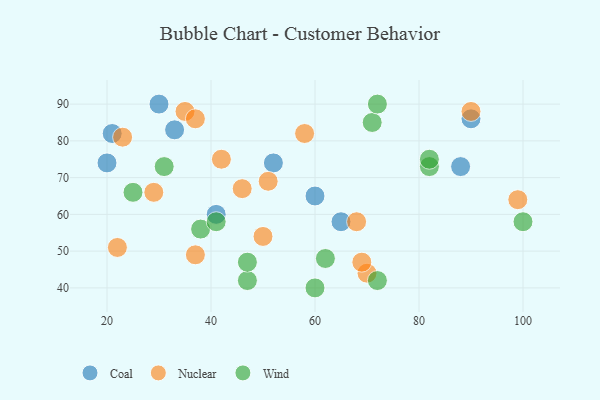
{"axis": {"x": "GDP", "y": "Life Expectancy"}, "legend": ["Coal", "Nuclear", "Wind"], "data": [{"x": "20", "y": 74, "type": "Coal"}, {"x": "21", "y": 82, "type": "Coal"}, {"x": "52", "y": 74, "type": "Coal"}, {"x": "33", "y": 83, "type": "Coal"}, {"x": "41", "y": 60, "type": "Coal"}, {"x": "90", "y": 86, "type": "Coal"}, {"x": "88", "y": 73, "type": "Coal"}, {"x": "30", "y": 90, "type": "Coal"}, {"x": "60", "y": 65, "type": "Coal"}, {"x": "65", "y": 58, "type": "Coal"}, {"x": "42", "y": 75, "type": "Nuclear"}, {"x": "35", "y": 88, "type": "Nuclear"}, {"x": "70", "y": 44, "type": "Nuclear"}, {"x": "90", "y": 88, "type": "Nuclear"}, {"x": "50", "y": 54, "type": "Nuclear"}, {"x": "22", "y": 51, "type": "Nuclear"}, {"x": "29", "y": 66, "type": "Nuclear"}, {"x": "68", "y": 58, "type": "Nuclear"}, {"x": "69", "y": 47, "type": "Nuclear"}, {"x": "23", "y": 81, "type": "Nuclear"}, {"x": "46", "y": 67, "type": "Nuclear"}, {"x": "99", "y": 64, "type": "Nuclear"}, {"x": "51", "y": 69, "type": "Nuclear"}, {"x": "58", "y": 82, "type": "Nuclear"}, {"x": "37", "y": 49, "type": "Nuclear"}, {"x": "37", "y": 86, "type": "Nuclear"}, {"x": "38", "y": 56, "type": "Wind"}, {"x": "71", "y": 85, "type": "Wind"}, {"x": "47", "y": 42, "type": "Wind"}, {"x": "60", "y": 40, "type": "Wind"}, {"x": "47", "y": 47, "type": "Wind"}, {"x": "31", "y": 73, "type": "Wind"}, {"x": "72", "y": 90, "type": "Wind"}, {"x": "100", "y": 58, "type": "Wind"}, {"x": "25", "y": 66, "type": "Wind"}, {"x": "82", "y": 73, "type": "Wind"}, {"x": "41", "y": 58, "type": "Wind"}, {"x": "82", "y": 75, "type": "Wind"}, {"x": "62", "y": 48, "type": "Wind"}, {"x": "72", "y": 42, "type": "Wind"}]}